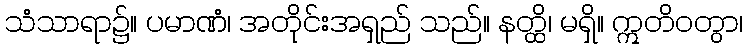
သံသာရာ၌။ ပမာဏံ၊ အတိုင်းအရှည် သည်။ နတ္ထိ၊ မရှိ။ ဣတိဝတွာ၊